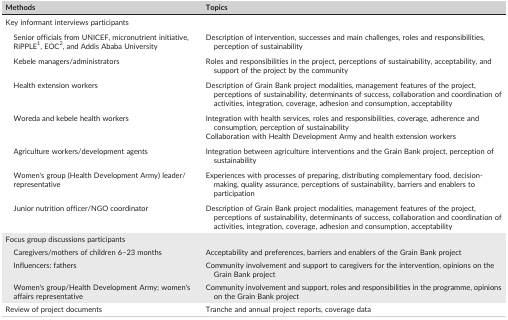
<table><thead><tr><td><b>Methods</b></td><td><b>Topics</b></td></tr></thead><tbody><tr><td colspan="2">Key informant interviews participants</td></tr><tr><td>Senior officials from UNICEF, micronutrient initiative, RiPPLE1, EOC2, and Addis Ababa University</td><td>Description of intervention, successes and main challenges, roles and responsibilities, perception of sustainability</td></tr><tr><td>Kebele managers/administrators</td><td>Roles and responsibilities in the project, perceptions of sustainability, acceptability, and support of the project by the community</td></tr><tr><td>Health extension workers</td><td>Description of Grain Bank project modalities, management features of the project, perceptions of sustainability, determinants of success, collaboration and coordination of activities, integration, coverage, adhesion and consumption, acceptability</td></tr><tr><td>Woreda and kebele health workers</td><td>Integration with health services, roles and responsibilities, coverage, adherence and consumption, perception of sustainabilityCollaboration with Health Development Army and health extension workers</td></tr><tr><td>Agriculture workers/development agents</td><td>Integration between agriculture interventions and the Grain Bank project, perception of sustainability</td></tr><tr><td>Women&#x27;s group (Health Development Army) leader/representative</td><td>Experiences with processes of preparing, distributing complementary food, decision‐making, quality assurance, perceptions of sustainability, barriers and enablers to participation</td></tr><tr><td>Junior nutrition officer/NGO coordinator</td><td>Description of Grain Bank project modalities, management features of the project, perceptions of sustainability, determinants of success, collaboration and coordination of activities, integration, coverage, adhesion and consumption, acceptability</td></tr><tr><td colspan="2">Focus group discussions participants</td></tr><tr><td>Caregivers/mothers of children 6–23 months</td><td>Acceptability and preferences, barriers and enablers of the Grain Bank project</td></tr><tr><td>Influencers: fathers</td><td>Community involvement and support to caregivers for the intervention, opinions on the Grain Bank project</td></tr><tr><td>Women&#x27;s group/Health Development Army; women&#x27;s affairs representative</td><td>Community involvement and support, roles and responsibilities in the programme, opinions on the Grain Bank project</td></tr><tr><td>Review of project documents</td><td>Tranche and annual project reports, coverage data</td></tr></tbody></table>